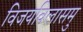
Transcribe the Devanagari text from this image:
विजयविलासमु